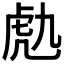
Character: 𧆟